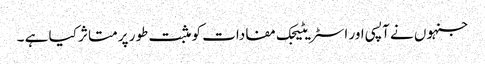
جنہوں نے آپسی اور اسٹریٹیجک مفادات کو مثبت طور پر متاثر کیا ہے ۔